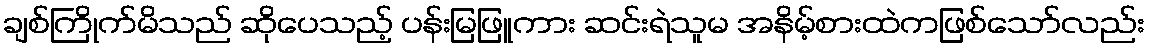
ချစ်ကြိုက်မိသည် ဆိုပေသည့် ပန်းမြဖြူကား ဆင်းရဲသူမ အနိမ့်စားထဲကဖြစ်သော်လည်း